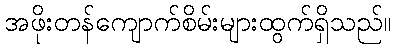
အဖိုးတန်ကျောက်စိမ်းများထွက်ရှိသည်။